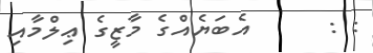
: :      އެބަޔެއްގެ މާޒީގެ ޢިލްމާއި